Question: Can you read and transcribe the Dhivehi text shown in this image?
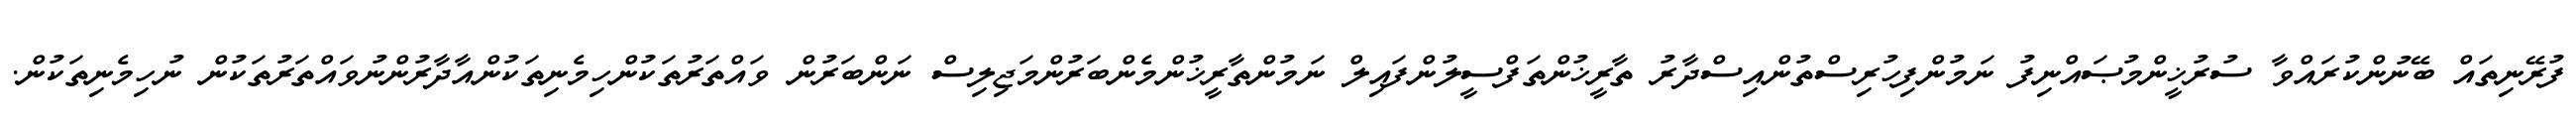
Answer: ފުރޭނިތައް ބޭނުންކުރައްވާ ސުރުޚީންމުޞައްނިފު ނަމުންފިހުރިސްތުންއިސްދާރު ތާރީޚުންތަފްސީލުންފައިލް ނަމުންތާރީޚުންމެންބަރުންމަޖިލިސް ނަންބަރުން ވައްތަރުތަކުންހިމެނިތަކުންއާދާރުންނުވައްތަރުތަކުން ނުހިމެނިތަކުން.